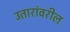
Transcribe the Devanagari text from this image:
उतारांवरील